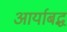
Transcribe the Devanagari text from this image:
आर्याबद्ध